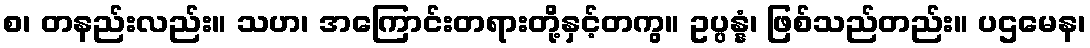
စ၊ တနည်းလည်း။ သဟ၊ အကြောင်းတရားတို့နှင့်တကွ။ ဥပ္ပန္နံ၊ ဖြစ်သည်တည်း။ ပဌမေန၊